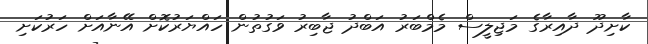
ކާށިދޫ ދާއިރާގެ މަޖިލީސް މެމްބަރު އަބްދު ޖާބިރު ވަގުތުން ހައްޔަރުކޮށް އޭނާއަށް ހަރުކަށި